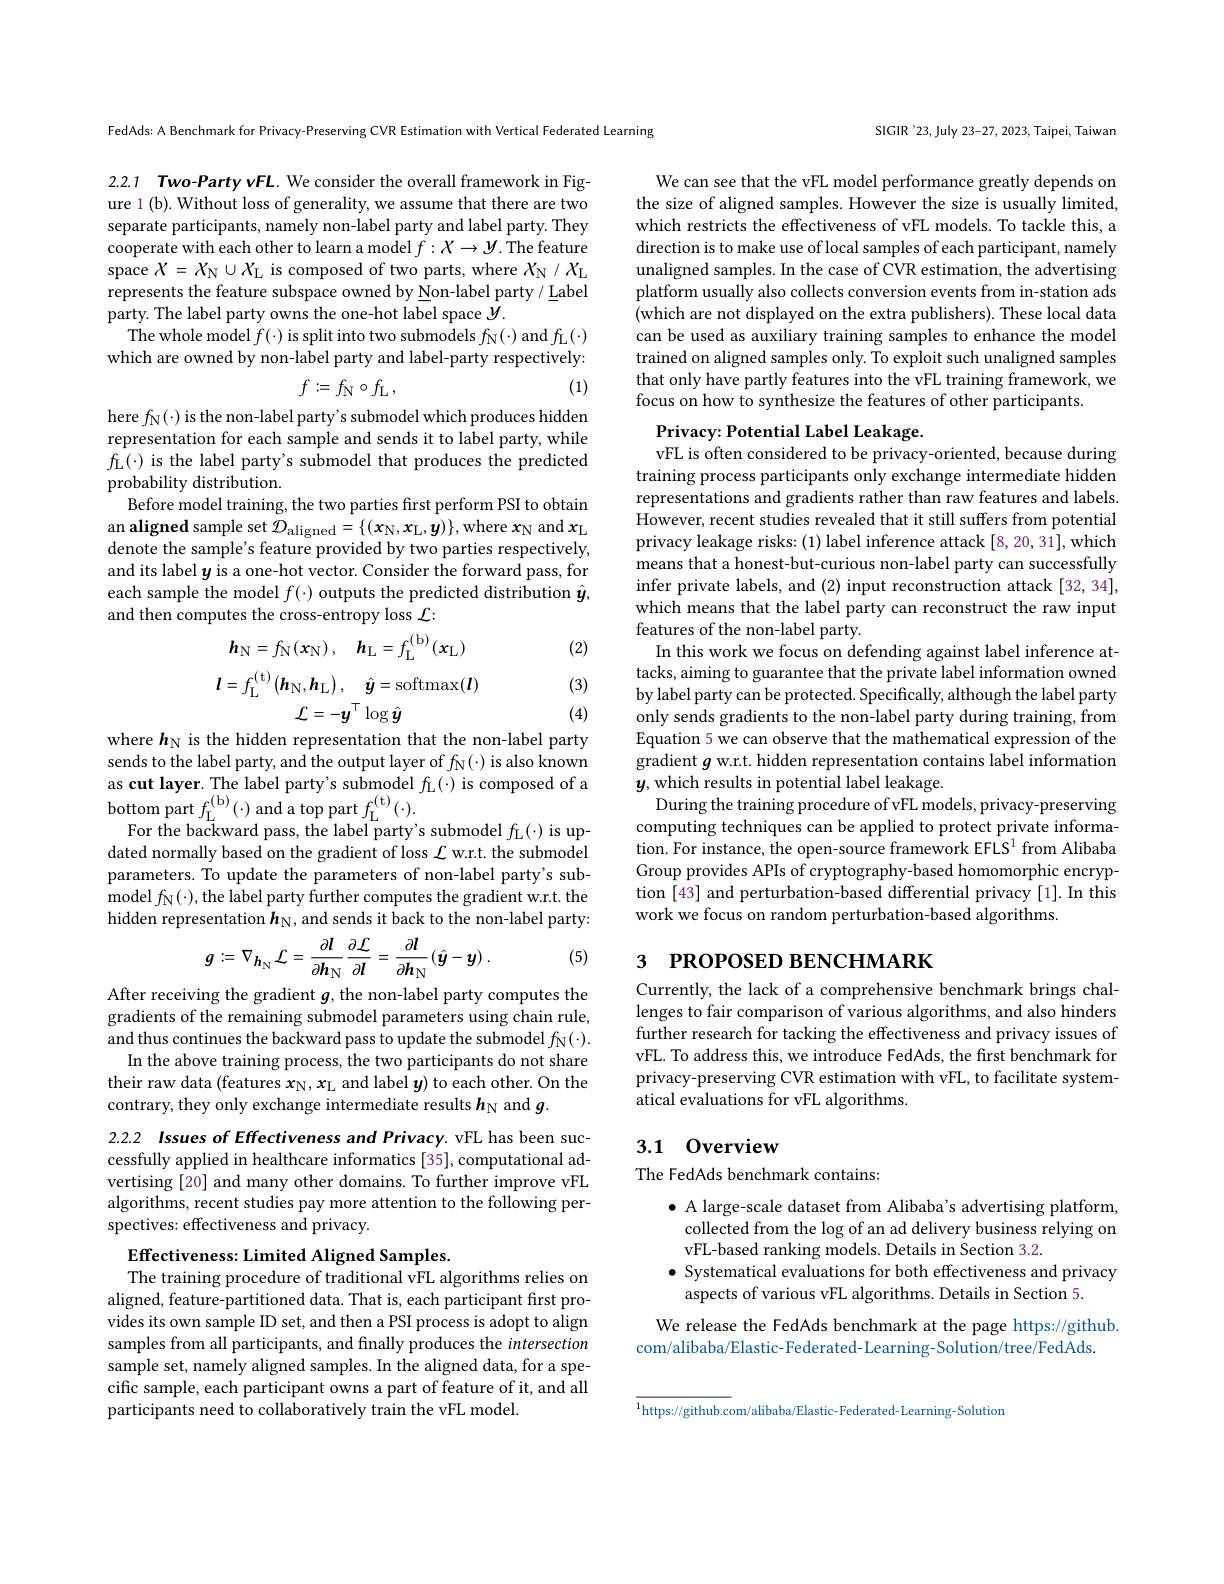
FedAds: A Benchmark for Privacy-Preserving CVR Estimation with Vertical Federated Learning

2.2.1 Two-Party vFL. We consider the overall framework in Figure 1 (b). Without loss of generality, we assume that there are two separate participants, namely non-label party and label party. They cooperate with each other to learn a model $f:X\to Y.$ The feature space $X=X_{\mathrm{N}}\cup X_{\mathrm{L}}$ is composed of two parts, where $X_{\mathrm{N}}/X_{\mathrm{L}}$ represents the feature subspace owned by Non-label party/ Label party. The label party owns the one-hot label space $y.$
The whole model $f(\cdot)$ is split into two submodels $f_{\mathrm{N}}(\cdot)$ and $f_{\mathrm{L}}(\cdot)$ which are owned by non-label party and label-party respectively:
$$f:=f_{\mathrm{N}}\circ f_{\mathrm{L}}\:,$$
(1)

here $f_{\mathbb{N}}(\cdot)$ is the non-label party's submodel which produces hidden representation for each sample and sends it to label party, while $f_{\mathrm{L}}(\cdot)$ is the label party's submodel that produces the predicted probability distribution.
Before model training, the two parties first perform PSI to obtain an aligned sample set $\mathcal{D} _{\mathrm{aligned}}= \{ ( x_{\mathrm{N} }, x_{\mathrm{L} }, y) \} $,where $x_\mathrm{N}$ and $x_\mathrm{L}$ denote the sample's feature provided by two parties respectively, and its label $y$ is a one-hot vector. Consider the forward pass, for each sample the model $f(\cdot)$ outputs the predicted distribution $\hat{\boldsymbol{y}}$, and then computes the cross-entropy loss $\mathcal{L}:$

(2)
$$\boldsymbol{h}_{\mathrm{N}}=f_{\mathrm{N}}(\boldsymbol{x}_{\mathrm{N}})\:,\quad\boldsymbol{h}_{\mathrm{L}}=f_{\mathrm{L}}^{(\mathrm{b})}(\boldsymbol{x}_{\mathrm{L}})\\\boldsymbol{l}=f_{\mathrm{L}}^{(\mathrm{t})}\left(\boldsymbol{h}_{\mathrm{N}},\boldsymbol{h}_{\mathrm{L}}\right),\quad\hat{\boldsymbol{y}}=\mathrm{softmax}(\boldsymbol{l})\\\mathcal{L}=-\boldsymbol{y}^{\top}\log\hat{\boldsymbol{y}}$$
where $h_\mathrm{N}$ is the hidden representation that the non-label party

(3) (4)

sends to the label party, and the output layer of $f_{\mathbb{N}}(\cdot)$ is also known as cut layer. The label party's submodel $f_{\mathrm{L}}(\cdot)$ is composed of a $\mathop{\text{bottom part}}f_{\mathop{\mathrm{L}}}^{(\mathrm{b})}(\cdot)\mathop{\text{and a top part }}f_{\mathop{\mathrm{L}}}^{(\mathrm{t})}(\cdot).$
For the backward pass, the label party's submodel $f_{\mathrm{L}}(\cdot)$ is updated normally based on the gradient of loss $\mathcal{L}$ w.r.t. the submodel parameters. To update the parameters of non-label party's submodel $f_{\mathrm{N}}(\cdot)$,the label party further computes the gradient w.r.t. the hidden representation $h_\mathrm{N}$, and sends it back to the non-label party:

(5)
$$g:=\nabla_{\boldsymbol{h_{\mathrm{N}}}}\mathcal{L}=\frac{\partial\boldsymbol{l}}{\partial\boldsymbol{h_{\mathrm{N}}}}\frac{\partial\mathcal{L}}{\partial\boldsymbol{l}}=\frac{\partial\boldsymbol{l}}{\partial\boldsymbol{h_{\mathrm{N}}}}(\hat{\boldsymbol{y}}-\boldsymbol{y})\:.$$
After receiving the gradient $g$,the non-label party computes the gradients of the remaining submodel parameters using chain rule, and thus continues the backward pass to update the submodel $f_{\mathrm{N}}(\cdot).$
In the above training process, the two participants do not share their raw data (features $x_{\mathrm{N}},x_{\mathrm{L}}$ and label $y)$ to each other. On the contrary, they only exchange intermediate results $h_\mathrm{N}$ and $g.$

2.2.2 Issues of Effectiveness and Privacy. vFL has been successfully applied in healthcare informatics [35], computational advertising [20] and many other domains. To further improve vFL algorithms, recent studies pay more attention to the following perspectives: effectiveness and privacy.

Effectiveness: Limited Aligned Samples.
The training procedure of traditional vFL algorithms relies on aligned, feature-partitioned data. That is, each participant first provides its own sample ID set, and then a PSI process is adopt to align samples from all participants, and finally produces the intersection sample set, namely aligned samples. In the aligned data, for a specific sample, each participant owns a part of feature of it, and all participants need to collaboratively train the vFL model.

SIGIR'23, July 23-27, 2023, Taipei, Taiwan

We can see that the vFL model performance greatly depends on the size of aligned samples. However the size is usually limited, which restricts the effectiveness of vFL models. To tackle this, a direction is to make use of local samples of each participant, namely unaligned samples. In the case of CVR estimation, the advertising platform usually also collects conversion events from in-station ads (which are not displayed on the extra publishers). These local data can be used as auxiliary training samples to enhance the model trained on aligned samples only. To exploit such unaligned samples that only have partly features into the vFL training framework, we focus on how to synthesize the features of other participants.

Privacy: Potential Label Leakage.
vFL is often considered to be privacy-oriented, because during

training process participants only exchange intermediate hidden representations and gradients rather than raw features and labels. However, recent studies revealed that it still suffers from potential privacy leakage risks: (1) label inference attack [8,20,31], which means that a honest-but-curious non-label party can successfully infer private labels, and (2) input reconstruction attack [32,34], which means that the label party can reconstruct the raw input features of the non-label party.
In this work we focus on defending against label inference attacks, aiming to guarantee that the private label information owned by label party can be protected. Specifically, although the label party only sends gradients to the non-label party during training, from Equation 5 we can observe that the mathematical expression of the gradient $g$ w.r.t. hidden representation contains label information $y$, which results in potential label leakage.
During the training procedure of vFL models, privacy-preserving computing techniques can be applied to protect private information. For instance, the open-source framework EFLS$^1$ from Alibaba Group provides APIs of cryptography-based homomorphic encryption [43] and perturbation-based differential privacy [1]. In this work we focus on random perturbation-based algorithms

# 3 РROPOSED ВЕNСНМАRK

Currently, the lack of a comprehensive benchmark brings challenges to fair comparison of various algorithms, and also hinders further research for tacking the effectiveness and privacy issues of vFL. To address this, we introduce FedAds, the first benchmark for privacy-preserving CVR estimation with vFL, to facilitate systematical evaluations for vFL algorithms.

# 3.1 0verview

The FedAds benchmark contains:

$\bullet$ A large-scale dataset from Alibaba's advertising platform, collected from the log of an ad delivery business relying on vFL-based ranking models. Details in Section 3.2.
$\bullet$ Systematical evaluations for both effectiveness and privacy
aspects of various vFL algorithms. Details in Section 5.

We release the FedAds benchmark at the page https://github.
com/alibaba/Elastic-Federated-Learning-Solution/tree/FedAds.

$\overline{^{1}\text{https://github.c}}$om/alibaba/Elastic-Federated-Learning- Solutiom